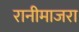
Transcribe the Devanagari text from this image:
रानीमाजरा